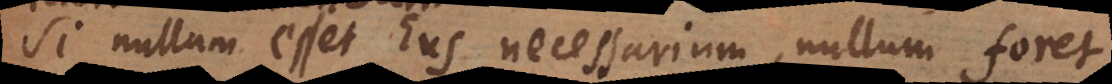
Si nullum esset Ens necessarium, nullum foret